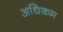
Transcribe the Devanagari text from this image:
अधिकम